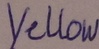
Text: Yellow